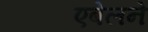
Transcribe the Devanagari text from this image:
एबेलने